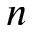
\boldsymbol { n }